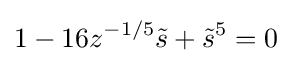
1-16z^{-1/5}{\tilde {s}}+{\tilde {s}}^{5}=0